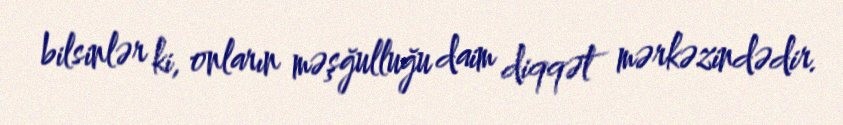
bilsinlər ki, onların məşğulluğu daim diqqət mərkəzindədir.